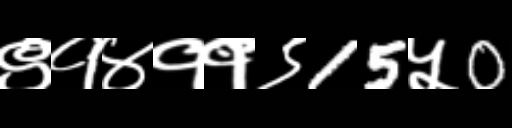
Text: ९१४११९15५0